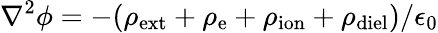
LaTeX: \nabla^{2}\phi=-(\rho_{\mathrm{ext}}+\rho_{\mathrm{e}}+\rho_{\mathrm{ion}}+\rho_{\mathrm{diel}})/\epsilon_{0}